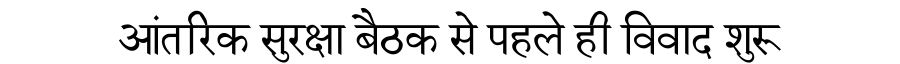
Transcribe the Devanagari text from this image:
आंतरिक सुरक्षा बैठक से पहले ही विवाद शुरू